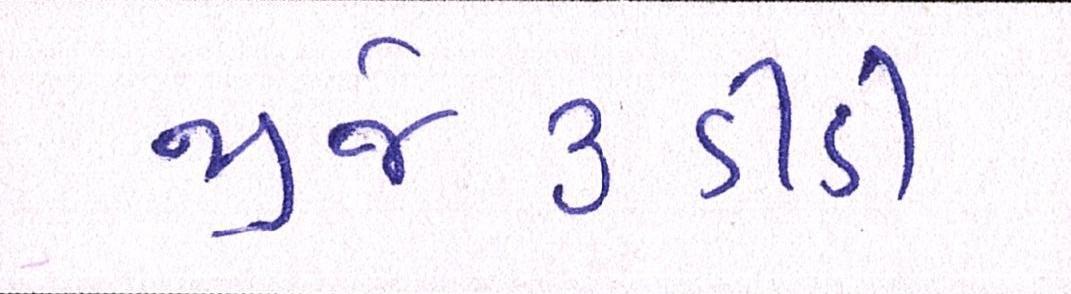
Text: જીજે૩ડીડી